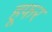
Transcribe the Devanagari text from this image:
हूफर